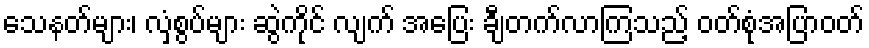
သေနတ်များ၊ လှံစွပ်များ ဆွဲကိုင် လျက် အပြေး ချီတက်လာကြသည့် ဝတ်စုံအပြာဝတ်